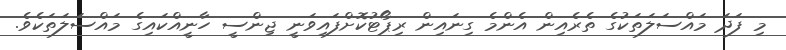
މި ފަދަ މައްސަލަތަކުގެ ތެރެއިން އެންމެ ގިނައިން ރިޕޯޓުކޮށްފައިވަނީ ޖިންސީ ހާނީއްކައިގެ މައްސަލަތަކެވެ.